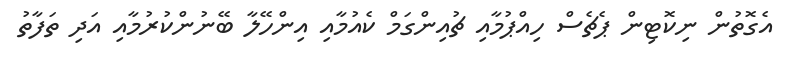
އެގޮތުން ނިކޮޓިން ޕެޗެސް ހިއްޕުމާއި ޗުއިންގަމް ކެއުމާއި އިންހޭލާ ބޭނުންކުރުމާއި އަދި ތަފާތު